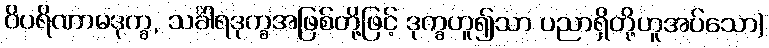
ဝိပရိဏာမဒုက္ခ, သင်္ခါရဒုက္ခအဖြစ်တို့ဖြင့် ဒုက္ခဟူ၍သာ ပညာရှိတို့ဟူအပ်သော)